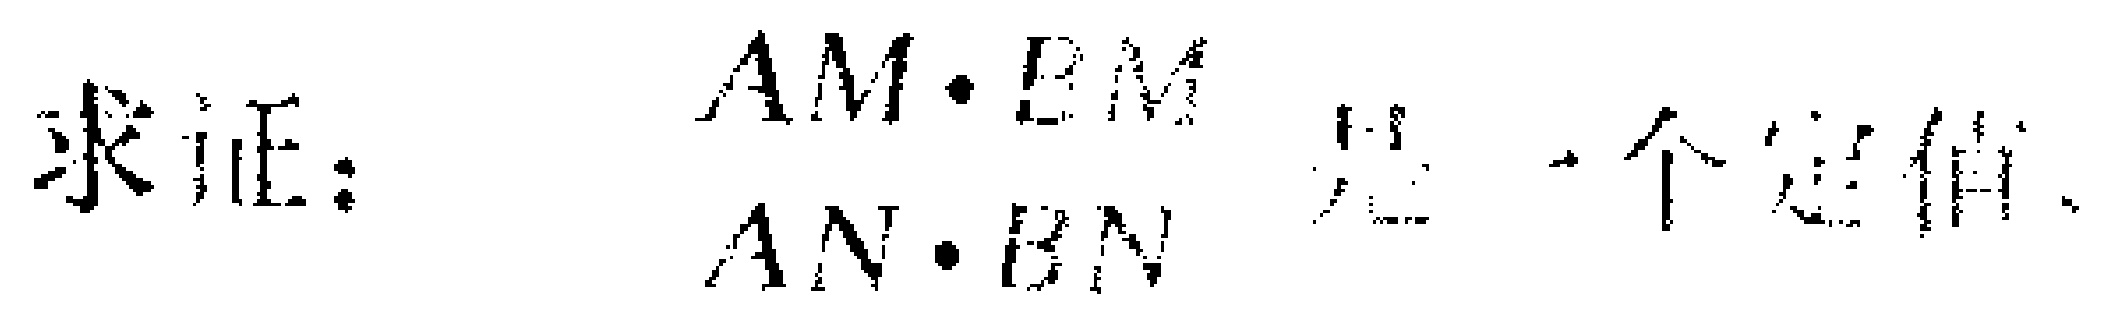
求证：$\frac{AM\cdot BM}{AN\cdot BN}$是一个定值.